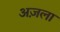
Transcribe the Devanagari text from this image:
अज़ला